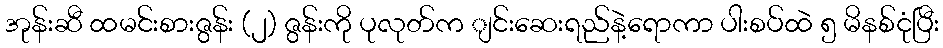
အုန်းဆီ ထမင်းစားဇွန်း (၂) ဇွန်းကို ပုလုတ်က ျင်းဆေးရည်နဲ့ရောကာ ပါးစပ်ထဲ ၅ မိနစ်ငုံပြီး